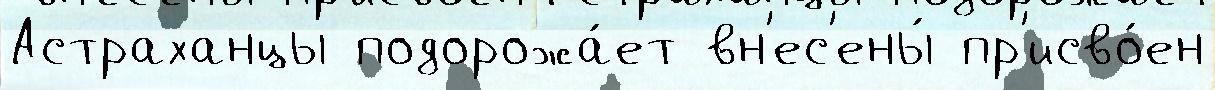
Астраханцы подорожа́ет вн'ес'ены́ пр'исво́ен